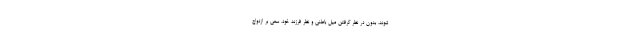
شوند، بدون در نظر گرفتن میل باطنی و نظر فرزند خود، سعی بر ازدواج